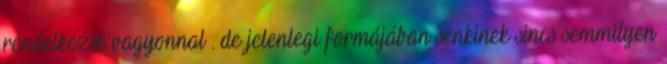
rendelkezik vagyonnal . de jelenlegi formájában senkinek sincs semmilyen